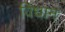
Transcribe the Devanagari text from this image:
विधान